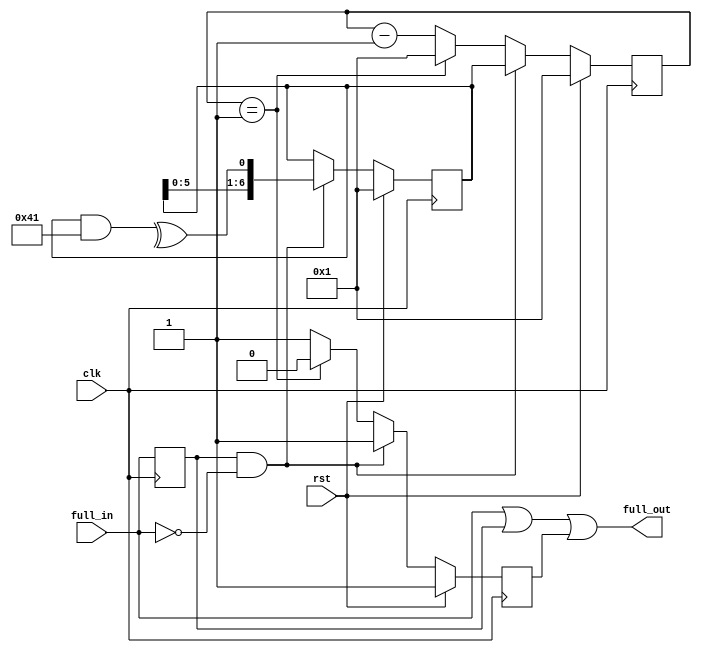
//
// Copyright 2011 Ettus Research LLC
// Copyright 2018 Ettus Research, a National Instruments Company
//
// SPDX-License-Identifier: LGPL-3.0-or-later
//
// This program is free software: you can redistribute it and/or modify
// it under the terms of the GNU General Public License as published by
// the Free Software Foundation, either version 3 of the License, or
// (at your option) any later version.
//
// This program is distributed in the hope that it will be useful,
// but WITHOUT ANY WARRANTY; without even the implied warranty of
// MERCHANTABILITY or FITNESS FOR A PARTICULAR PURPOSE.  See the
// GNU General Public License for more details.
//
// You should have received a copy of the GNU General Public License
// along with this program.  If not, see <http://www.gnu.org/licenses/>.
//

//
// EMI mitigation.
// Process FULL flag from FIFO so that de-assertion
// (FIFO now not FULL) is delayed by a pseudo random
// value, but assertion is passed straight through.
// 


module refill_randomizer
  #(parameter BITS=7)
    (
     input clk,
     input rst,
     input full_in,
     output full_out
     );
   
   wire 	    feedback;
   reg 	    full_last;
   wire     full_deasserts;
   reg [6:0] shift_reg;
   reg [6:0] count;
   reg 	     delayed_fall;
   

   always @(posedge clk)
     full_last <= full_in;
   
   assign    full_deasserts = full_last & ~full_in;

   // 7 bit LFSR
   always @(posedge clk)
     if (rst)
       shift_reg <= 7'b1;
     else
       if (full_deasserts)
	 shift_reg <= {shift_reg[5:0],feedback};

   assign    feedback = ^(shift_reg & 7'h41);

   always @(posedge clk)
     if (rst)
       begin
	  count <= 1;
	  delayed_fall  <= 1;
       end
     else if (full_deasserts)
       begin
	  count <= shift_reg;
	  delayed_fall <= 1;
       end
     else if (count == 1)
       begin
	  count <= 1;
	  delayed_fall <= 0;
       end
     else
       begin
	  count <= count - 1;
	  delayed_fall <= 1;
       end
   
   // Full_out goes instantly high if full_in does. However its fall is delayed.
   assign    full_out = (full_in == 1) || (full_last == 1) || delayed_fall;

endmodule